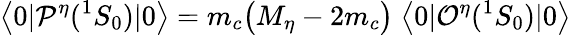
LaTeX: \big\langle 0|{\cal P}^{\eta}({}^{1}S_{0})|0\big\rangle=m_{c}\big(M_{\eta}-2m_{c}\big)\; \big\langle 0|{\cal O}^{\eta}({}^{1}S_{0})|0\big\rangle